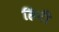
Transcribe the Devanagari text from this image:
हिनी